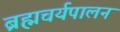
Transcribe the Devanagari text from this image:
ब्रह्मचर्यपालन